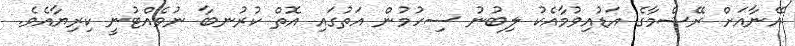
އޭނާއަށް ރޭޝްމާގެ އަޑުއިވުމާއެކު ލިބުނު ސިހުމުން އަތުގައި އޮތް ކުރުނބާ ނުވެއްޓުނީ ކިރިޔާއެވެ.